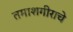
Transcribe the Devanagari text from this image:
तमाशगीराचे